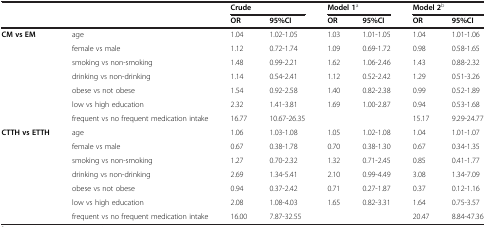
| <COLSPAN=2>  | <COLSPAN=2> Crude | <COLSPAN=2> Model 1a | <COLSPAN=2> Model 2b |
 | <COLSPAN=2>  | OR | 95%CI | OR | 95%CI | OR | 95%CI |
 | --- | --- | --- | --- | --- | --- | --- | --- |
 | <ROWSPAN=7> CM vs EM | age | 1.04 | 1.02-1.05 | 1.03 | 1.01-1.05 | 1.04 | 1.01-1.06 |
 | female vs male | 1.12 | 0.72-1.74 | 1.09 | 0.69-1.72 | 0.98 | 0.58-1.65 |
 | smoking vs non-smoking | 1.48 | 0.99-2.21 | 1.62 | 1.06-2.46 | 1.43 | 0.88-2.32 |
 | drinking vs non-drinking | 1.14 | 0.54-2.41 | 1.12 | 0.52-2.42 | 1.29 | 0.51-3.26 |
 | obese vs not obese | 1.54 | 0.92-2.58 | 1.40 | 0.82-2.38 | 0.99 | 0.52-1.89 |
 | low vs high education | 2.32 | 1.41-3.81 | 1.69 | 1.00-2.87 | 0.94 | 0.53-1.68 |
 | frequent vs no frequent medication intake | 16.77 | 10.67-26.35 |  |  | 15.17 | 9.29-24.77 |
 | <ROWSPAN=6> CTTH vs ETTH | age | 1.06 | 1.03-1.08 | 1.05 | 1.02-1.08 | 1.04 | 1.01-1.07 |
 | female vs male | 0.67 | 0.38-1.78 | 0.70 | 0.38-1.30 | 0.67 | 0.34-1.35 |
 | smoking vs non-smoking | 1.27 | 0.70-2.32 | 1.32 | 0.71-2.45 | 0.85 | 0.41-1.77 |
 | drinking vs non-drinking | 2.69 | 1.34-5.41 | 2.10 | 0.99-4.49 | 3.08 | 1.34-7.09 |
 | obese vs not obese | 0.94 | 0.37-2.42 | 0.71 | 0.27-1.87 | 0.37 | 0.12-1.16 |
 | low vs high education | 2.08 | 1.08-4.03 | 1.65 | 0.82-3.31 | 1.64 | 0.75-3.57 |
 |  | frequent vs no frequent medication intake | 16.00 | 7.87-32.55 |  |  | 20.47 | 8.84-47.36 |